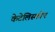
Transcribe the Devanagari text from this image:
केटेलिस्कोप